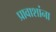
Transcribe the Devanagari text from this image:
प्रावाशांना